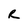
Character: R